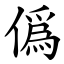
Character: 僞